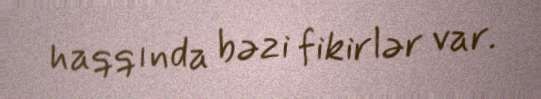
haqqında bəzi fikirlər var.